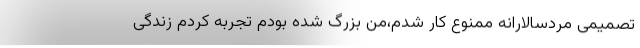
تصمیمی مردسالارانه ممنوع کار شدم،من بزرگ شده بودم تجربه کردم زندگی